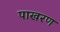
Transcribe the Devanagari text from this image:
पाखरण